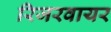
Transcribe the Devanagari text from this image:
रिजरवायर